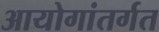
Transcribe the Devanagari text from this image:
आयोगांतर्गत